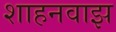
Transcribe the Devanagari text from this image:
शाहनवाझ